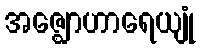
အဇ္ဈောဟာရေယျုံ